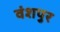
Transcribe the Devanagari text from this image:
वंशपुर